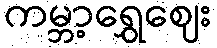
ကမ္ဘာ့ရွှေဈေး